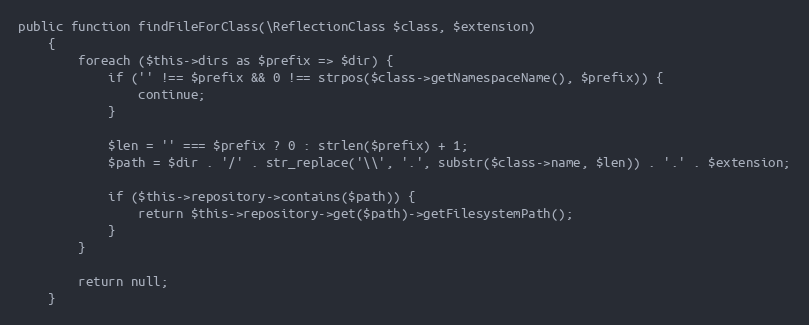
Language: PHP
public function findFileForClass(\ReflectionClass $class, $extension)
    {
        foreach ($this->dirs as $prefix => $dir) {
            if ('' !== $prefix && 0 !== strpos($class->getNamespaceName(), $prefix)) {
                continue;
            }

            $len = '' === $prefix ? 0 : strlen($prefix) + 1;
            $path = $dir . '/' . str_replace('\\', '.', substr($class->name, $len)) . '.' . $extension;

            if ($this->repository->contains($path)) {
                return $this->repository->get($path)->getFilesystemPath();
            }
        }

        return null;
    }